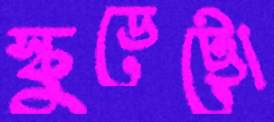
স্কুডেট্টো